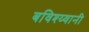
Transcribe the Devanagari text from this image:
बविश्य्वानी